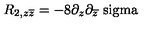
R _ { 2 , z \overline { { z } } } = - 8 \partial _ { z } \partial _ { \overline { { z } } } \mathrm { \ s i g m a }